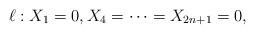
LaTeX: \begin{align*}\ell: X_1 =0, X_4 = \dots = X_{2n+1} = 0, \end{align*}